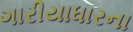
ગારીયાધારના